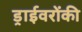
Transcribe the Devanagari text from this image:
ड्राईवरोंकी